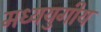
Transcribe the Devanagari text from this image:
मध्ययुगीय